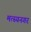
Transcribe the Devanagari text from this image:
मत्स्यनगर